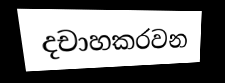
දචාහකරවන